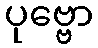
ပုဗ္ဗော